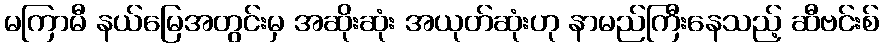
မကြာမီ နယ်မြေအတွင်းမှ အဆိုးဆုံး အယုတ်ဆုံးဟု နာမည်ကြီးနေသည့် ဆီဗင်းစ်